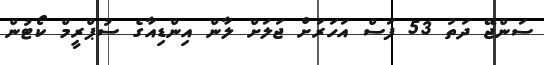
ސަންޖޭ ދަތު 53 ފަސް އަހަރަށް ޖަލަށް ލާން އިންޑިއާގެ ސުޕްރީމް ކޯޓުން